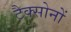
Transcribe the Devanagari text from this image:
टैक्सोनों